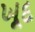
ખૂદ